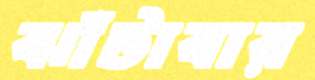
ঝাঁটাবার